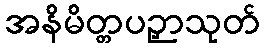
အနိမိတ္တပဉှာသုတ်